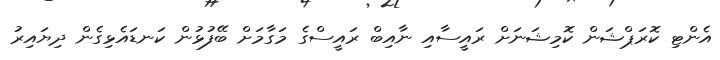
އެންޓި ކޮރަޕްޝަން ކޮމިޝަނަށް ރައީސާއި ނާއިބް ރައީސްގެ މަގާމަށް ބޭފުޅުން ކަނޑައެޅިގެން ދިޔައިރު